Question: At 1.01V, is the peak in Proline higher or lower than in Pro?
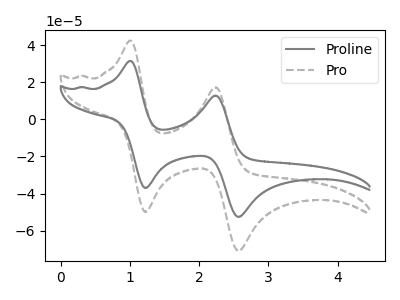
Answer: <think>The gray curve "Proline" has anodic peaks at (1.00V, 31.55uA) (2.25V, 12.90uA) and cathodic peaks at (1.25V, -37.05uA) (2.55V, -52.60uA). The gray dashed curve "Pro" has anodic peaks at (1.00V, 42.55uA) (2.25V, 17.35uA) and cathodic peaks at (1.25V, -49.95uA) (2.55V, -70.90uA).</think>
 <answer>The peak at 1.01V is lower in "Proline" than in "Pro".</answer>
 <eval>lower</eval>